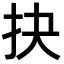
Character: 抉